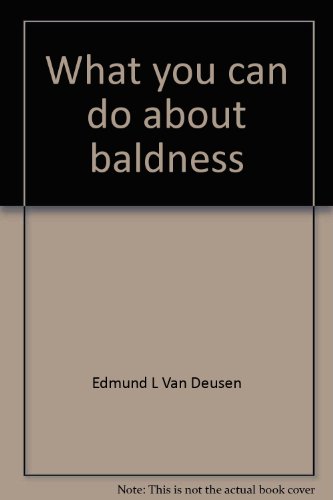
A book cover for What you can do about baldness; Edmund L Van Deusen; Health, Fitness & Dieting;